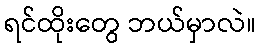
ရင်ထိုးတွေ ဘယ်မှာလဲ။